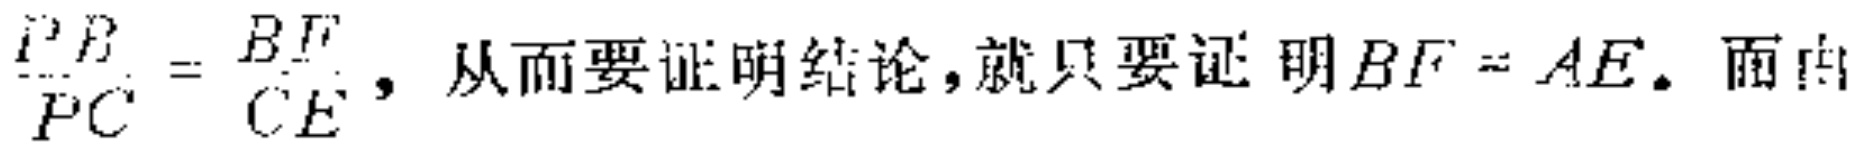
$\frac{PB}{PC}=\frac{BF}{CE}$，从而要证明结论，就只要证明$BF = AE$。而由